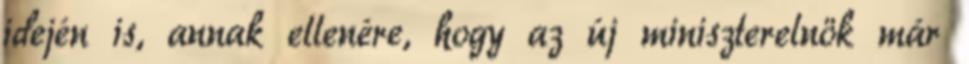
idején is, annak ellenére, hogy az új miniszterelnök már